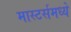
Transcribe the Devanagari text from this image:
मास्टर्समध्ये